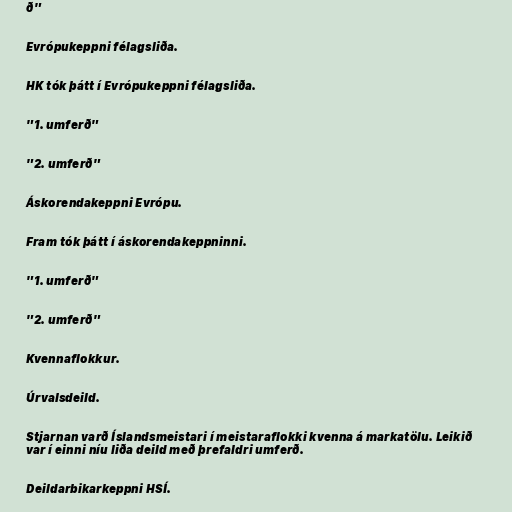
ð"

Evrópukeppni félagsliða.

HK tók þátt í Evrópukeppni félagsliða.

"1. umferð"

"2. umferð"

Áskorendakeppni Evrópu.

Fram tók þátt í áskorendakeppninni.

"1. umferð"

"2. umferð"

Kvennaflokkur.

Úrvalsdeild.

Stjarnan varð Íslandsmeistari í meistaraflokki kvenna á markatölu. Leikið
var í einni níu liða deild með þrefaldri umferð.

Deildarbikarkeppni HSÍ.